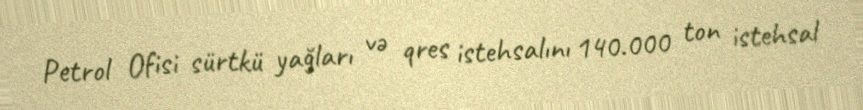
Petrol Ofisi sürtkü yağları və qres istehsalını 140.000 ton istehsal